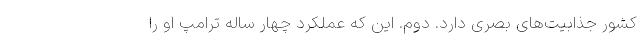
کشور جذابیت‌های بصری دارد. دوم. این که عملکرد چهار ساله ترامپ او را